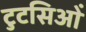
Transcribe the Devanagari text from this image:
टुटसिओं